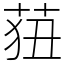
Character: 莥